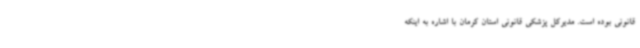
قانونی بوده است. مدیرکل پزشکی قانونی استان کرمان با اشاره به اینکه